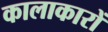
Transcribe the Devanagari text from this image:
कालाकारों